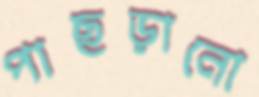
পাছড়ানো